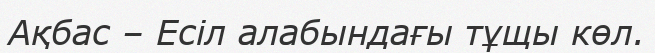
Ақбас – Есіл алабындағы тұщы көл.